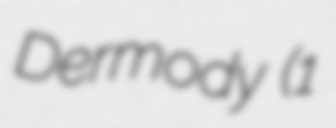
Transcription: Dermody (1